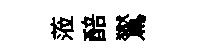
蒞醅鸑